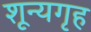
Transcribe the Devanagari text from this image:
शून्यगृह